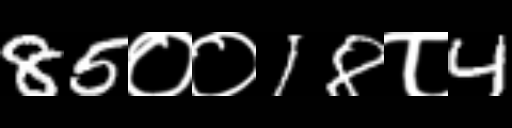
Text: 85००18८4